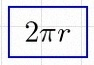
2\pi r